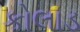
કોલાડ